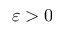
\varepsilon > 0